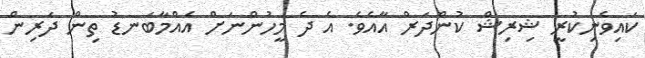
ކައިވެނިކުރީ ޝިރިޝް ކުންދަރް އާއެވެ. އެ ދެ މީހުންނަށް އެއްމާބަނޑު ތިން ދަރިން